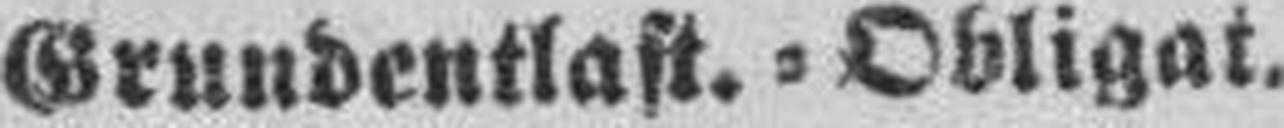
Grundentlast.=Obligat.